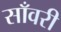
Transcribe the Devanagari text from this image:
साँवरी